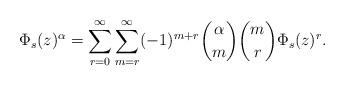
LaTeX: \begin{align*}\Phi_s(z)^\alpha=\sum_{r=0}^\infty\sum_{m=r}^\infty (-1)^{m+r}\binom{\alpha}{m}\binom{m}{r}\Phi_s(z)^r.\end{align*}